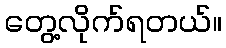
တွေ့လိုက်ရတယ်။